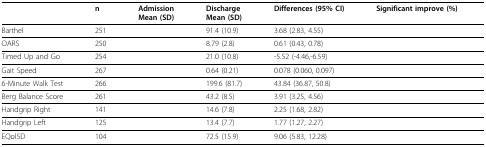
<table><thead><tr><td>[EMPTY_CELL]</td><td><b>n</b></td><td><b>AdmissionMean (SD)</b></td><td><b>DischargeMean (SD)</b></td><td><b>Differences (95% CI)</b></td><td><b>Significant improve (%)</b></td></tr></thead><tbody><tr><td>Barthel</td><td>251</td><td>[EMPTY_CELL]</td><td>91.4 (10.9)</td><td>3.68 (2.83, 4.55)</td><td>[EMPTY_CELL]</td></tr><tr><td>OARS</td><td>250</td><td>[EMPTY_CELL]</td><td>8.79 (2.8)</td><td>0.61 (0.43, 0.78)</td><td>[EMPTY_CELL]</td></tr><tr><td>Timed Up and Go</td><td>254</td><td>[EMPTY_CELL]</td><td>21.0 (10.8)</td><td>-5.52 (-4.46,-6.59)</td><td>[EMPTY_CELL]</td></tr><tr><td>Gait Speed</td><td>267</td><td>[EMPTY_CELL]</td><td>0.64 (0.21)</td><td>0.078 (0.060, 0.097)</td><td>[EMPTY_CELL]</td></tr><tr><td>6-Minute Walk Test</td><td>266</td><td>[EMPTY_CELL]</td><td>199.6 (81.7)</td><td>43.84 (36.87, 50.8)</td><td>[EMPTY_CELL]</td></tr><tr><td>Berg Balance Score</td><td>261</td><td>[EMPTY_CELL]</td><td>43.2 (8.5)</td><td>3.91 (3.25, 4.56)</td><td>[EMPTY_CELL]</td></tr><tr><td>Handgrip Right</td><td>141</td><td>[EMPTY_CELL]</td><td>14.6 (7.8)</td><td>2.25 (1.68, 2.82)</td><td>[EMPTY_CELL]</td></tr><tr><td>Handgrip Left</td><td>125</td><td>[EMPTY_CELL]</td><td>13.4 (7.7)</td><td>1.77 (1.27, 2.27)</td><td>[EMPTY_CELL]</td></tr><tr><td>EQol5D</td><td>104</td><td>[EMPTY_CELL]</td><td>72.5 (15.9)</td><td>9.06 (5.83, 12.28)</td><td>[EMPTY_CELL]</td></tr></tbody></table>